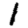
Digit: 1